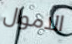
الاموال